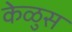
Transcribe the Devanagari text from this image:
केळुस